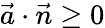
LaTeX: {\vec{a}}\cdot{\vec{n}}\geq 0